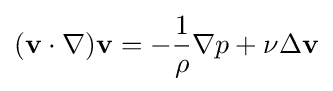
(\mathbf {v} \cdot \nabla )\mathbf {v} =-{\frac {1}{\rho }}\nabla p+\nu \Delta \mathbf {v}